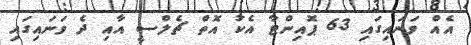
އެއް ވަނައިގައި 63 ޕޮއިންޓާ އެކު އޮތް ޗެލްސީ އާއި ދެ ވަނައިގައި